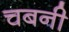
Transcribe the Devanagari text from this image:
चबनी